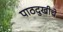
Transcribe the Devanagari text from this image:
पाठदुखीचे